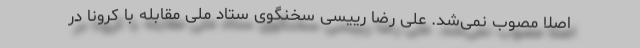
اصلا مصوب نمی‌شد. علی رضا رییسی سخنگوی ستاد ملی مقابله با کرونا در